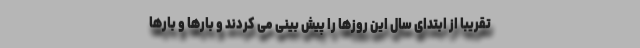
تقریبا از ابتدای سال این روزها را پیش بینی می کردند و بارها و بارها